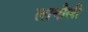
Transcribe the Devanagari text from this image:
लानौली